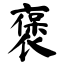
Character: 褒